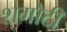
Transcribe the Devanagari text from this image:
शगोटी